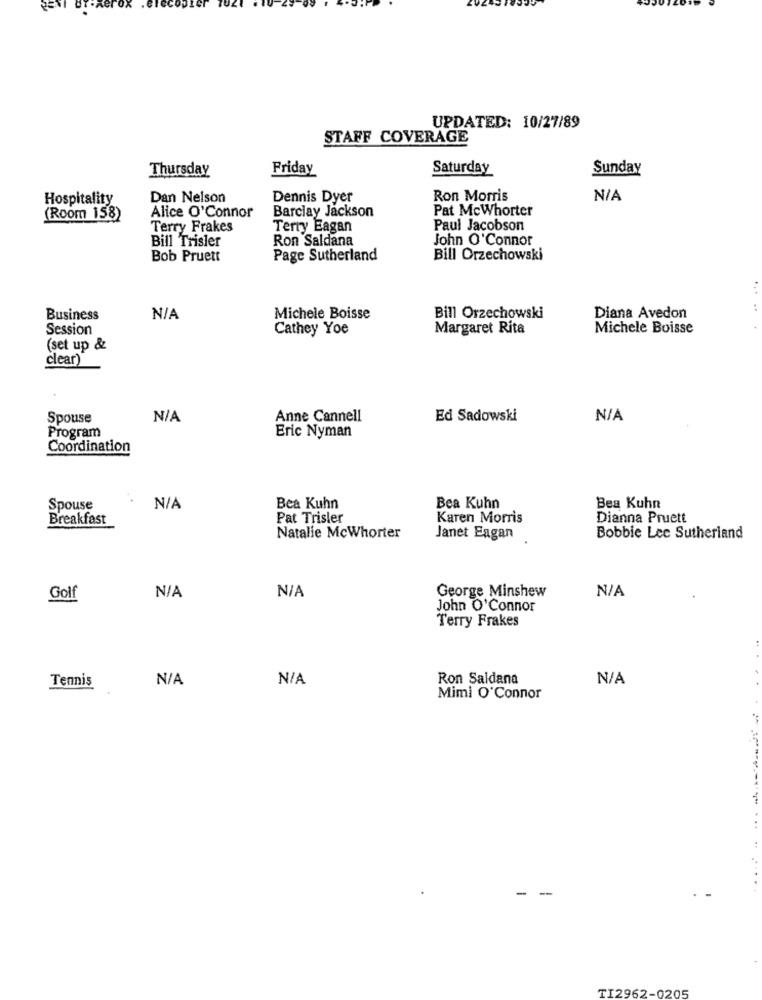
UPDATED: 10/27/89
STAFF COVERAGE
Thursday
Friday
Saturday
Sunday
Hospitality
Dan Nelson
Dennis Dyer
Ron Morris
Alice O'Connor
Barclay Jackson
Pat Mcwhorter
(Room 158)
Terry Frakes
Terry Eagan
Paul Jacobson
Bill Trisler
Ron Saldana
John O'Connor
Bob Pruett
Page Sutherland
Bill Orzechowski
Business
Michele Boisse
Bill Orzechowski
Diana Avedon
Session
Cathey Yoe
Margaret Rita
Michele Boisse
(set up &
clear)
Spouse
Anne Cannell
Ed Sadowski
Program
Eric Nyman
Coordination
Spouse
Bea Kuhn
Bea Kuhn
Bea Kuhn
Breakfast
Pat Trisler
Karen Morris
Dianna Pruett
Natalie McWhorter
Janet Eagan
Bobbie Lec Sutherland
George Minshew
Golf
John O'Connor
Terry Frakes
Tennis
Ron Saldana
Mimi O'Connor
- -
TI2962-0205